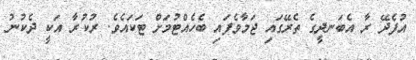
އުފެދޭ ރާ އެބަނދީގެ ތެރޭގައި ޖަމާވެފައި ބެހެއްޓުމަށް ޓަކައެވެ. ރުކުރާ އަކީ ދެކުނު